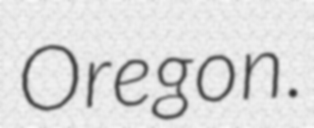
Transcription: Oregon.